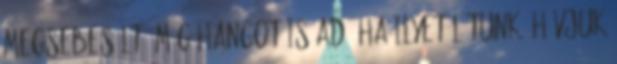
megsebesült, még hangot is ad. Ha ilyet látunk, hívjuk